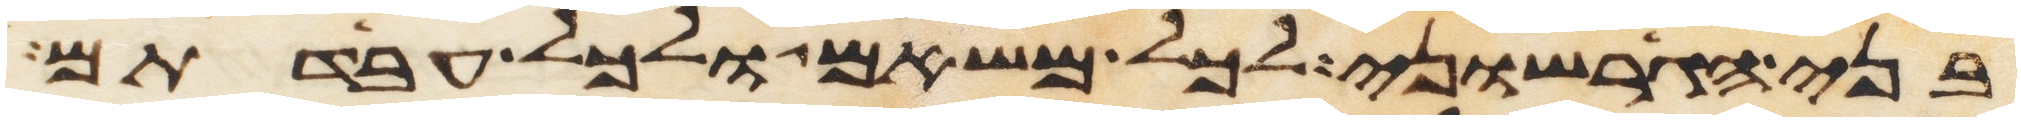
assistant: בני הגרשוני לכל משאם ולכל עבדתם